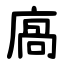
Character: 㢐